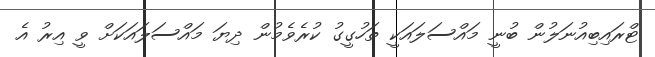
ޓްރައިބިއުނަލުން ބުނީ މައްސަލައަކީ ތަހުގީގު ކުރެވެމުން ދިޔަ މައްސަލައަކަށް ވީ އިރު އެ